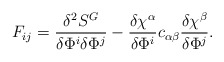
\begin{align*}F_{ij}=\frac{\delta^{2}S^{G}}{\delta\Phi^{i}\delta\Phi^{j}}-\frac{\delta\chi^{\alpha}}{\delta\Phi^{i}}c_{\alpha\beta}\frac{\delta\chi^{\beta}}{\delta\Phi^{j}}.\end{align*}